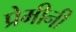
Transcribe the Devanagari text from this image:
प्रेमीनी